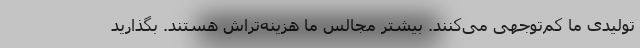
تولیدی ما کم‌توجهی می‌کنند. بیشتر مجالس ما هزینه‌تراش هستند. بگذارید